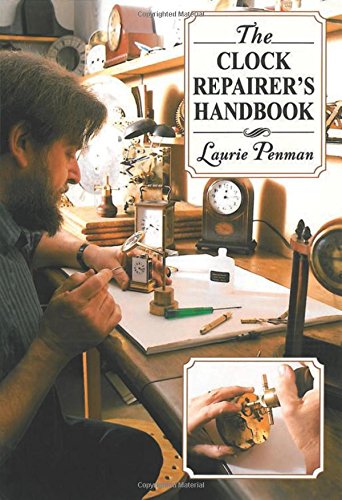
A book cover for The Clock Repairer's Handbook; Laurie Penman; Crafts, Hobbies & Home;